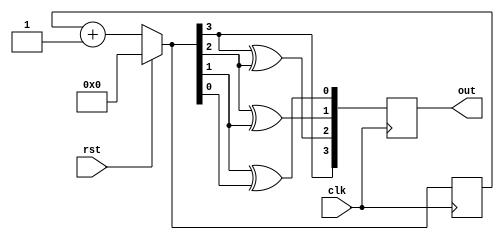
module graycode_counter (clk,rst,out);
  input clk,rst;
  reg [3:0]q;
  output reg[3:0]out;
  integer i;
  always @(posedge clk)
  begin
    if(rst==1)begin
      q=0;end
   else begin
     q=q+1;end
  begin
   out[3]=q[3];
   for(i=2;i>=0;i=i-1)
    begin
    out[i]=q[i+1]^q[i];
    end
      end
      end
      
endmodule